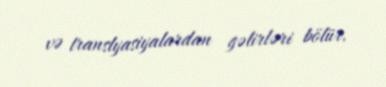
və translyasiyalardan gəlirləri bölür.